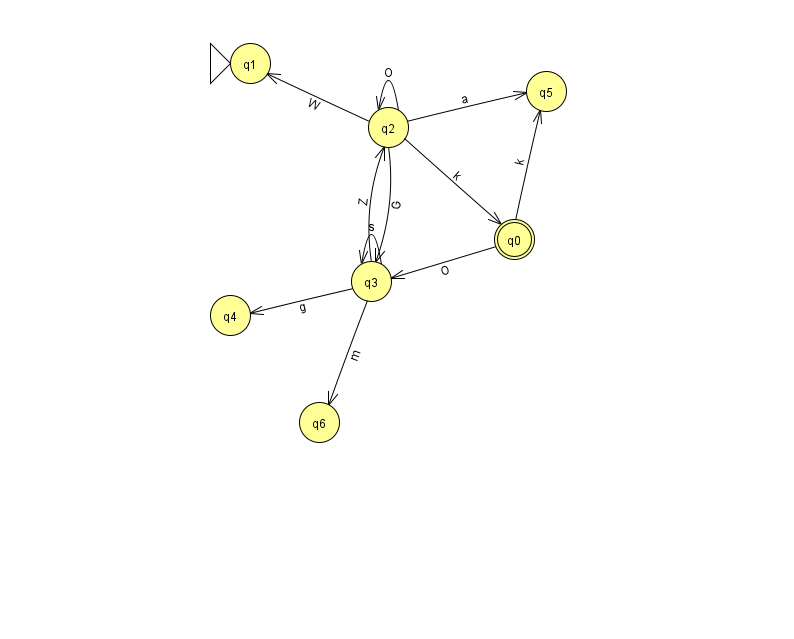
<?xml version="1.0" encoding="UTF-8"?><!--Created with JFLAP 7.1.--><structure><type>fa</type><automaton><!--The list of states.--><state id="0" name="q0"><x>514.0</x><y>226.0</y><final/></state><state id="1" name="q1"><x>250.0</x><y>50.0</y><initial/></state><state id="2" name="q2"><x>388.0</x><y>114.0</y></state><state id="3" name="q3"><x>371.0</x><y>268.0</y></state><state id="4" name="q4"><x>230.0</x><y>302.0</y></state><state id="5" name="q5"><x>546.0</x><y>78.0</y></state><state id="6" name="q6"><x>319.0</x><y>409.0</y></state><!--The list of transitions.--><transition><from>3</from><to>3</to><read>s</read></transition><transition><from>3</from><to>4</to><read>g</read></transition><transition><from>0</from><to>5</to><read>k</read></transition><transition><from>2</from><to>3</to><read>G</read></transition><transition><from>2</from><to>5</to><read>a</read></transition><transition><from>3</from><to>6</to><read>m</read></transition><transition><from>0</from><to>3</to><read>O</read></transition><transition><from>3</from><to>2</to><read>Z</read></transition><transition><from>2</from><to>0</to><read>k</read></transition><transition><from>2</from><to>1</to><read>W</read></transition><transition><from>2</from><to>2</to><read>O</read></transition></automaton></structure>